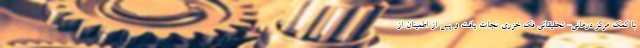
با کمک مرکز درمانی- تحقیقاتی فک خزری نجات یافت و پس از اطمینان از